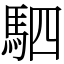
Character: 駟